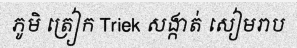
ភូមិ ត្រៀក Triek សង្កាត់ សៀមរាប